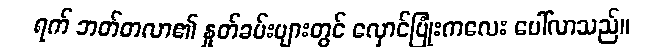
ရက် ဘတ်တလာ၏ နှုတ်ခမ်းများတွင် လှောင်ပြုံးကလေး ပေါ်လာသည်။